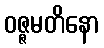
ဝဇ္ဇမတိနော